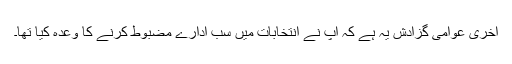
آخری عوامی گزادش یہ ہے کہ آپ نے انتخابات میں سب ادارے مضبوط کرنے کا وعدہ کیا تھا۔